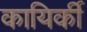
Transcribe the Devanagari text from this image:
कायिर्की